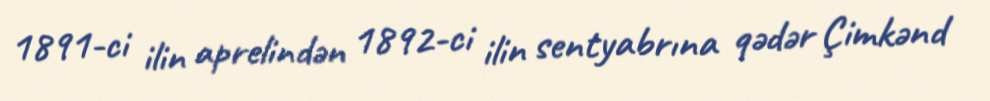
1891-ci ilin aprelindən 1892-ci ilin sentyabrına qədər Çimkənd